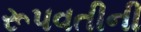
રૂપવતીની